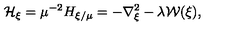
{ \mathcal H } _ { { \mathrm { \boldmath \scriptstyle { \xi } } } } = \mu ^ { - 2 } H _ { \mathrm { \boldmath \scriptstyle { \xi } } / \mu } = - \nabla _ { \mathrm { \boldmath \scriptstyle { \xi } } } ^ { 2 } - \lambda { \mathcal W } ( \mathrm { \boldmath \xi } ) ,